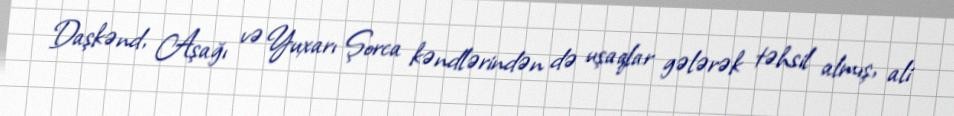
Daşkənd, Aşağı və Yuxarı Şorca kəndlərindən də uşaqlar gələrək təhsil almış, ali